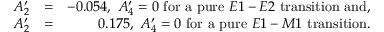
\begin{array} { r l r } { A _ { 2 } ^ { \prime } } & { = } & { - 0 . 0 5 4 , \ A _ { 4 } ^ { \prime } = 0 \ \mathrm { f o r \ a \ p u r e } \ E 1 - E 2 \mathrm { \ t r a n s i t i o n \ a n d , } } \\ { A _ { 2 } ^ { \prime } } & { = } & { 0 . 1 7 5 , \ A _ { 4 } ^ { \prime } = 0 \ \mathrm { f o r \ a \ p u r e } \ E 1 - M 1 \mathrm { \ t r a n s i t i o n . } } \end{array}